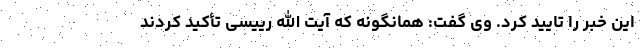
این خبر را تایید کرد. وی گفت: همانگونه که آیت الله رییسی تأکید کردند